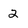
Character: 2